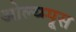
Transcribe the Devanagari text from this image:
ओल्य्म्पूस